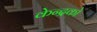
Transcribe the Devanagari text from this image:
केन्द्रको